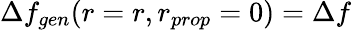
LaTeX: \Delta f_{gen}(r=r,r_{prop}=0)=\Delta f